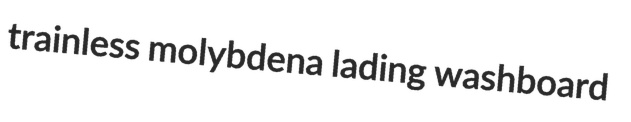
trainless molybdena lading washboard